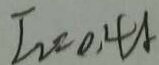
I _ { 2 } = 0 . 4 A